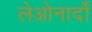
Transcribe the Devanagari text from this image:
लेओनार्दों